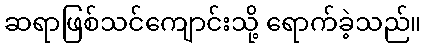
ဆရာဖြစ်သင်ကျောင်းသို့ ရောက်ခဲ့သည်။